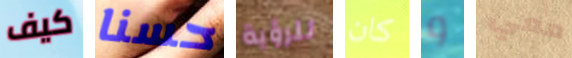
كيف حسنا للرؤية كان و معي